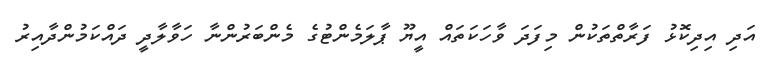
އަދި އިދިކޮޅު ފަރާތްތަކުން މިފަދަ ވާހަކަތައް އީޔޫ ޕާލަމެންޓުގެ މެންބަރުންނާ ހަވާލާދީ ދައްކަމުންދާއިރު